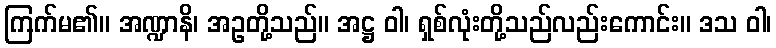
ကြက်မ၏။ အဏ္ဍာနိ၊ အဥတို့သည်။ အဋ္ဌ ဝါ၊ ရှစ်လုံးတို့သည်လည်းကောင်း။ ဒသ ဝါ၊